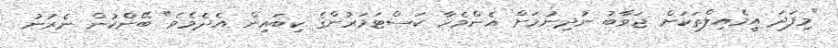
"މިފަދަ އީމެއިލްތަކަށް ޖަވާބު ނުދިނުމަށް އެންމެހާ ކަސްޓަމަރުންގެ ކިބައިން އެދެމެވެ" ބޭންކުން ނެރުނު